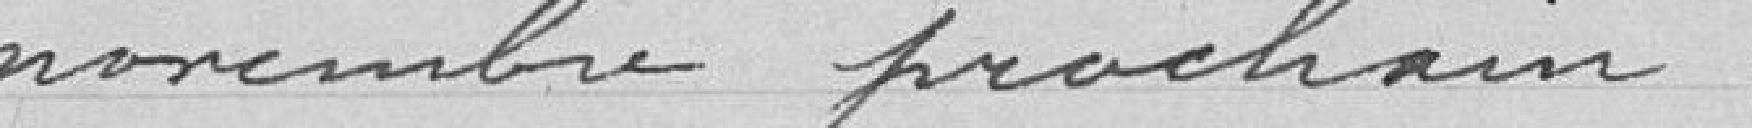
novembre prochain.